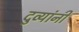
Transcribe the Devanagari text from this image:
दुव्यांनी